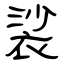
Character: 裟